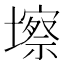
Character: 𱘑